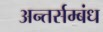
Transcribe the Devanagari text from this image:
अन्तर्सम्बंध